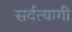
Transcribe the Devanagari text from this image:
सर्वत्यागी